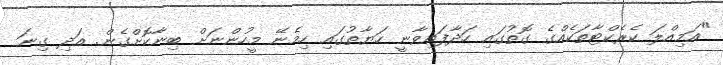
"އަމިއްލަ ކެރެކްޓާތަކެއްގެ ގޮތުގައި ހަދާފައިވާނީ ހަޔާތުގައި ހިމެނޭ މީހުންނަށް ބިނާކޮށްގެން. އަދި ގިނަ